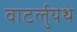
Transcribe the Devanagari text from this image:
वाटर्लुयेथे